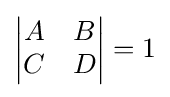
\left|{\begin{matrix}A&B\\C&D\\\end{matrix}}\right|=1